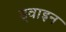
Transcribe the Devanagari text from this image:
ड्वाइन